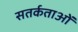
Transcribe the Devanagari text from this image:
सतर्कताओं